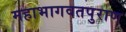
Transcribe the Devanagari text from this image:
महाभागवतपुराण